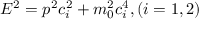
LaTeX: E ^ { 2 } = p ^ { 2 } c _ { i } ^ { 2 } + m _ { 0 } ^ { 2 } c _ { i } ^ { 4 } , ( i = 1 , 2 )